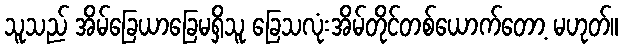
သူသည် အိမ်ခြေယာခြေမရှိသူ ခြေသလုံးအိမ်တိုင်တစ်ယောက်တော့ မဟုတ်။